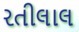
રતીલાલ